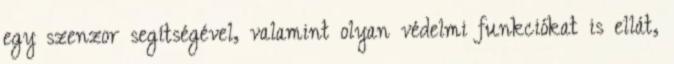
egy szenzor segítségével, valamint olyan védelmi funkciókat is ellát,